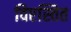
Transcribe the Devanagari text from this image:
विएस्तित